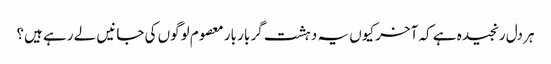
ہر دل رنجیدہ ہے کہ آخر کیوں یہ دہشت گر بار بار معصوم لوگوں کی جانیں لے رہے ہیں؟